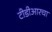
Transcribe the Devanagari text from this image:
टीडीआरचा